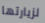
لزيارتها